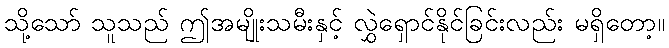
သို့သော် သူသည် ဤအမျိုးသမီးနှင့် လွှဲရှောင်နိုင်ခြင်းလည်း မရှိတော့။